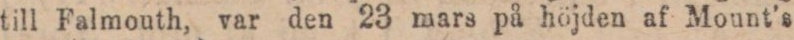
till Falmouth, var den 23 mars på höjden af Mount’s